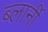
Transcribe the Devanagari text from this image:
ब्लार्नी